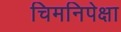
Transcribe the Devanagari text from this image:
चिमनिपेक्षा